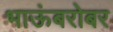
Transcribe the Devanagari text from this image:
भाऊंबरोबर